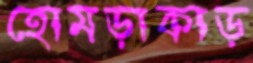
হোমড়াকাড়